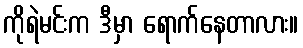
ကိုရဲမင်းက ဒီမှာ ရောက်နေတာလား။